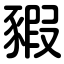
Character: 豭